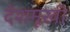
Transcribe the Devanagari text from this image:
देशमूखी